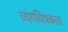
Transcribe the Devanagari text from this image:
व्यंगचित्रकला